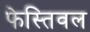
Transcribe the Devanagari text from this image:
फेस्तिवल